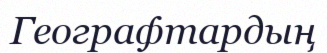
Географтардың